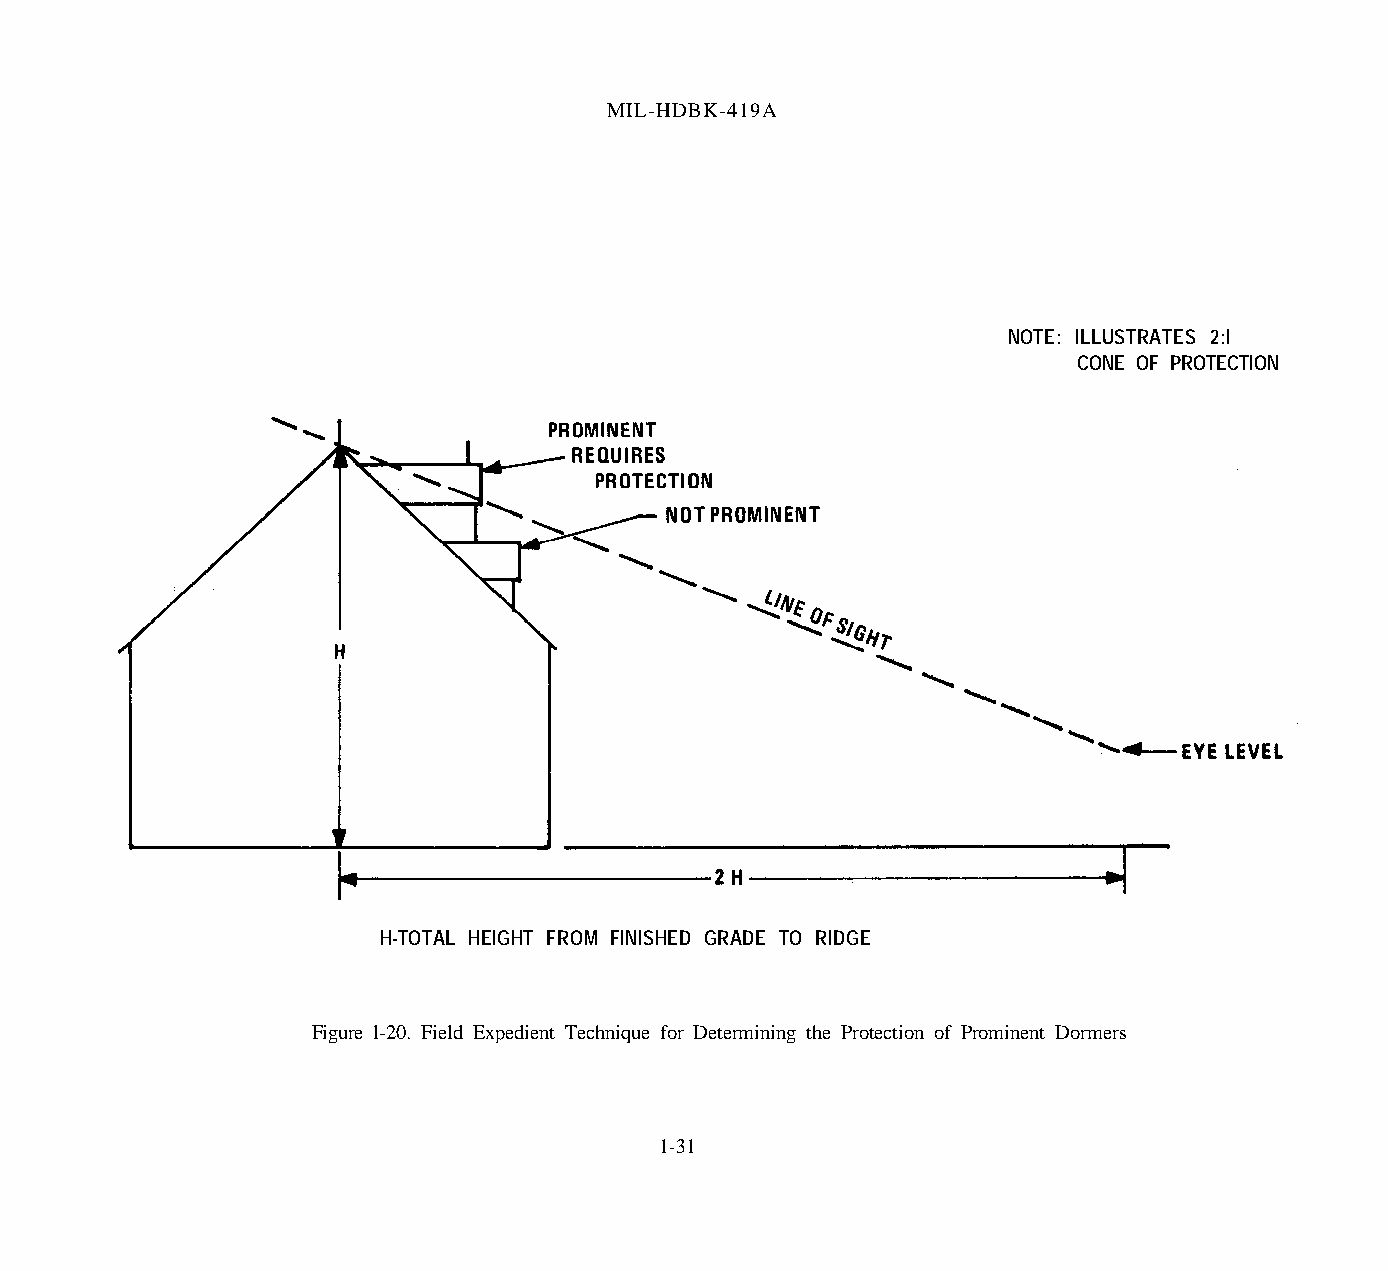
MIL-HDBK-419A
 NOTE: ILLUSTRATES 2:l
 CONE OF PROTECTION
 H-TOTAL HEIGHT FROM FINISHED GRADE TO RIDGE
 Figure l-20. Field Expedient Technique for Determining the Protection of Prominent Dormers
 1-31